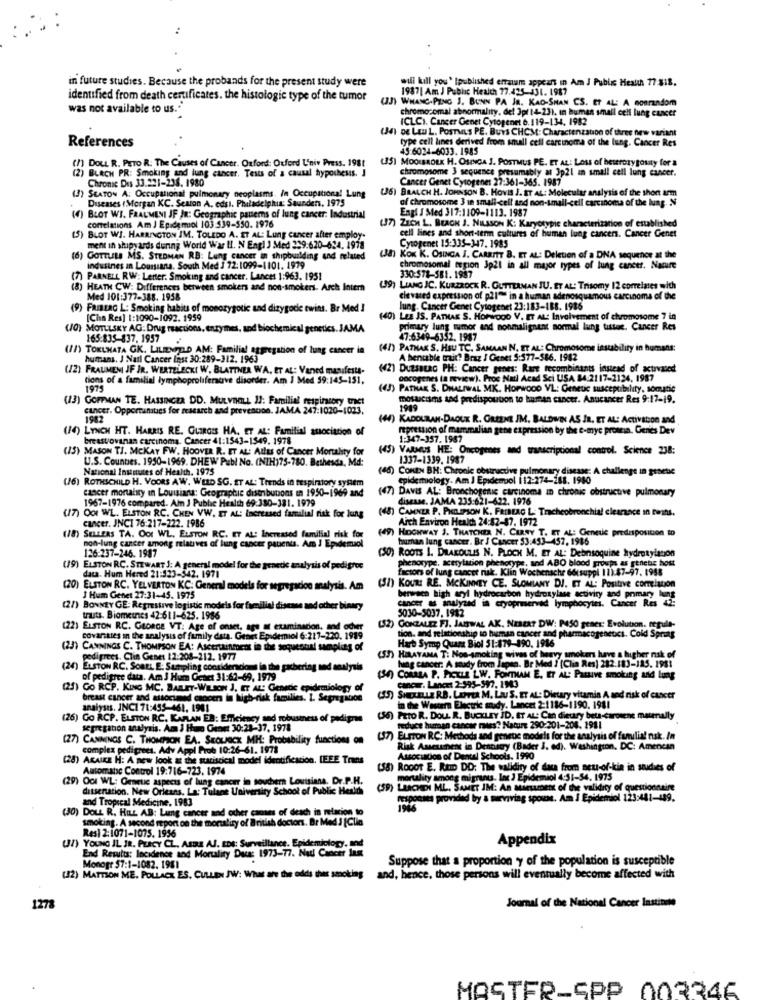
..
in future studies. Because the probands for the present study were
will kill you' Ipublished erratum appears in Am J Public Health 77-818.
1987| Am J Public Health 77.425-431. 1987
identified from death certificates. the histologic type of the tumor
(33) WHANC-PING J. BUNN PA JR. KAD-SHAN CS. ET AL: A nonrandom
was not available to us."
chromosomal abnormality, del 3pt 14-23). in human small cell lung cancer
ICLCI. Cancer Genet Cytopenet 6.119-134, 1982
(34) De Lau L. PosTMLs PE. BuYs CHCM: Charactenzation of three new variant
type cell lines derived from small cell carcinoma of the lung. Cancer Res
References
49.6024-6033. 1985
(/) DOLL R. PETO R. The Causes of Cancer. Oxford: Oxford Univ Press. 1981
(35) MOOIBROEK H. OSINGA J. POSTMUS PE. ET AL: Loss of heterozygousty for a
(2)
chromosome 3 sequence presumably at 3p21 an small cell lung cancer.
)BLACH PR: Smoking and lung cancer. Tests of a causal hypothesis. J
Chronic Dis 33.221-238. 1980
Cancer Genet Cytogenes 27:361-365. 1987
(3) SEATON A: Occupational pulmonary neoplasms. In Occupational Lung
) BRALCH H. JOHNSON B. HOVIS I. ET AL: Molecular analysis of the shon arm
Diseases (Morgan KC. Sesion A. edsl. Philadelphia: Saunders. 1975
of chromosome 3 18 small-cell and non-small-cell carcinoma of the lung. N
Engl J Med 317:1109-1113. 1987
(4) BLOT WI. FRALMENI JF JR: Geographic pauems of lung cancer: Industrial
comelations Am J Epidemiol 103 539-550. 1976
(J7) ZECH L. BERGH J. NILSSON K: Karyotypic characterization of established
(5) BLOT WJ. HARRINGTON IM. TOLEDO A. ET AL: Lung cancer after employ.
Cytogenet 15:335-347. 1985
cell lines and short-term cultures of human lung cancers. Cancer Genet
ment in shipyards during World War II. N Engl J Med 239.620-624. 1978
(6) GOTTLELs MS. STEDMAN RB: Lung cancer in shipbuilding and related
US) KOK K. OSINGA J. CAREITT B. ET AL: Deletion of a DNA sequence at the
industnes in Louisiana. South Med J 72:1099-1101. 1979
chromosomal region Jp21 in all major types of lung cancer. Nacuire
(7) PARNELL RW: Letter. Smoking and cancer. Lancet 1:963. 1951
330:578-581. 1987
(8) HEATH CW: Differences between smokers and non-smokers. Arch Inter
(39) LIANG JC. KURZROCK R. GUTTERMAN JU. ET AL: Trisomy 12 correiaes with
Med 101:377-388. 1958
clevared expression of p21" in a human adenosquamous carcinoma of the
(9) FRIBERG L: Smoking habits of monozygotic and dizygodie twins. Br Med !
lung. Cancer Genet Cytogenet 23:183-188. 1986
[Cha Res] 1:1090-1092. 1959
(40) LEE JS. PATHAK S. HOPWOOD V. ET AL: Involvement of chromosome 7 in
0} MOTLLSKY AG: Drug reactions, enzymes, and biochemical genetics. JAMA
primary lung memor and nonmalignant normal lung tissue. Cancer Res
165:835-837. 1957
47-6349-6352. 1987
(IN) TOKLMATA GK. LILIENIZLO AM: Familial aggregation of lung cancer in
(47) PATHAK S. HSU TC. SAMAAN N. ET AL: Chromosome instability in humans:
humans. J Nail Cancer Inst 30:289-312. 1963
A bentable trait? Braz / Genet 5:577-586. 1982
(/2) FRAUMENI JF JR. WERTELECKI W. BLATTNER WA, ET AL: Vaned manifesta-
(2) DuZSBERG PH: Cancer genes: Rare recombinants instead of activated
tions of a familial lymphoproliferave disorder. Am J Med 39:145-151.
oncogenes (a review). Proc Natl Acad Sci USA 84:2117-2124, 1987
1979
(45) PATHAK S. DMALIWAL MK. HOPWOOD VL: Genetic susceptibility, somatie
(13) GOFFMAN TE. HASSINCZA DD. MULVBALL I3: Familial respiratory tract
mosaicisms sad predispouton to human cancer. Anucancer Res 9:17-19.
cancer. Opportunities for research and prevention. JAMA 247:1020-1023.
1989
1982
KADOURAN-DAOUK R. GREENE IM, BALDWIN AS IR. ET AL: Activation and
(14) LYNCH HT. HARRIS RE. GLIRGIS HA. ET AL: Familial association of
repression of mammalian gene expression by the e-myc proamin. Genes Dev
breastovanan carcinoma. Cancer 41:1543-1549. 1978
1-347-357. 1987
(15) MASON TJ. MCKAY FW. HOOVER R. ET AL: AttEs of Cancer Mortality for
(45) VARUS HE: Oncogenes and transcriptional control. Science 238:
U.S. Counties. 1950-1969. DHEW Publ No. (NIH)75-780. Bethesda, Md:
1337-1339. 1987
National Institutes of Health. 1975
(46) COMEN BH: Chronic obstructive pulmonary disease: A challenge in gesetse
(6) ROTHSCHILD H. VOORS AW. WED SG. ET AL: Trends in respiratory system
epidemiology. Am J Epidemol 112-274-288. 1980
cancer mortality in Louisiana: Geographic distributions en 1950-1909 and
1967-1976 compared. Am J Pubhe Health 69:380-381. 1979
(47) DAVIS AL: Bronchogenic carcinoma in chronic obstructive pulmonary
disease. JAMA 235:621-622. 1976
(48) CAMNER P. PHOSPSON K. FRIBLAC L. Tracheobronchial clearance in twins.
(17) OOI WL. ELSTON RC. CHEN VW. ET AL: Increased familial risk for lung
cancer. JNC1 76:217-222. 1986
Aich Environ Health 24:82-87. 1972
(49) HOCHWAY J. THATCHER N. CURRY T. ET AL: Generic predisposition to
SELLERS TA. OOI WL. ELSTON RC. ET ALS Increased familial risk for
human lung cancer. Br / Cancer $3:453-457, 1986
non-lung cancer among relatives of lung cancer pauents. Am I Epidemiol
126:237-246. 1987
O) ROOTS I. DRAKOULIS N. PLOCH M. ET AL: Debnsoquine hydrotylation
phenotype, acerylation phenotype, and ABO blood groups as genetic host
(79) ELSTON RC. STEWART J: A general model for the genetic analysis of pedigroc
data. Hum Hered 21:523-542. 1971
ctors of lung cancer nak. Klin Wochensche 66tsuppl 11):47-97. 1958
(20) ELSTON RC. YELVERTON KC: General models for segregacion analysis. Am
(51) KOURE RE. MCKINNEY CE. SLOMLANY DI. ET AL: Positive correlation
I Hum Genet 27:31-45. 1975
berween high aryl hydrocarbon hydroxylase activity and primary lung
Cancer Res
(27) BONNEY GE: Regrestive logistic models for familial disease and other binary
cancer as analyzed is cryopreserved lymphocytes. Ca
5030-5037.1982
tnuts. Biometrics 42-611-625. 1986
(22) ELSTON RC. GEORGE VT: Age of onset, age al examinacon, sod ocher
(52) GONZALEZ FJ. JAISWAL AK, NESERT DW: P450 gener: Evolution, regule-
covariates in the analysis of family data. Genet Epidemiol 6-217-220. 1989
tion. and relationship to leman cancer and pharmacogenetics. Cold Spring
(23) CANNINGS C. THOMPSON EA: Ascertainmets in the soquental sampling of
(53) HERAYAMA T: Non-smoking wives of heavy smokers have a higher nsk of
Hart Symp Quara Biol 51:479-890. 1986
pedigrees. Clin Genet 12:208-212. 1977
hing cancer: A soudy from Japan. Br Med ] [Clia Res) 282:183-125. 1981
(24) ELSTON RC. SOREL E: Sampling consideraciones in the gathering and analysis
of pedigree data. Am 3 Hum Genet 31:62-69, 1979
(SA) CORREA P. PICKLE LW. FONTIAN E. ET AL: Passive smoking and lung
GO RCP. KING MC. BALLET-WILSON J, ET AL" Genetic epidemiology of
cancer. Lancet 2-995-597. 1943
breast cancer and associamed cancers in high-risk families. 1. Segregation
(55) SHELLs R.B. LEPrix M. Lau S. ET AL: Dietary vitamin A ned risk of cancer
analyses. JNC1 71:455-461. 1901
in the Western Electric midy. Lancet 2:1186-1190. 1981
(26) GO RCP. ELSTON RC. KAPLAN EB: Efficiency and robustness of pedigre
5) PEIO R. DOLL. R. BUCKLEY JD. ET AL: Can dietary beta-carotene manally
segregation analysis. Am 3 Haro Genet 30:28-37, 1978
reduce human cancer miss? Nature 290-201-204. 1981
(27) CANNINGS C. THOMPSON EA. SKOLJOCK MH: Probability functions on
(57) ELSTON RC: Methods and genetic models for the analysis of folia! nsk. In
complex pedigrees. Adv Appl Prob 10:26-61. 1978
Prob 10:26-61. 1978
pent in Dentistry (Bader J. ed). Washington, DC: Amencan
(28) ARAIKE H: A new look at the statistical model identification, IEEE Trans
Association of Dental Schools. 1990
Automatic Control 19:716-723. 1974
(58) ROOOT E. REID DD: The validity of data from net-of-kin in studies of
(29) OGI WL: Genetic aspects of lung cancer in southern Louisiana. Dr.P.H.
mortality among
Semiol 4:51-54. 1975
dissenation. New Orleans. La: Tulane University School of Public Health
)LUCHDI ML. SAMET IM: As Miesunent of the validity of questionnaire
responses provided by a surviving spouse. Am J Epidemiol 123:481-489.
(30) DOLL R. HILL AB: Lung cancer and other causes of deach in relacion to
and Tropical Medicine, 1983
smoking. A second report on the mortality of British doctors. Br Med.J [Clio
Res| 2:1071-1075. 1956
(I) YOUNG IL IR. PERCY CL. ARBRE AS. EDS: Surveillance, Epidemiology, and
Appendix
End Results: Incidence and Mortality Duu: 1973-77. Nad Cancer Inst
Suppose that a proportion y of the population is susceptible
Monogr 57:1-1082. 1981
(32) MATTSON ME. POLLICE ES. CULLEN JW: What are the odds that smoking and, hence, those persons will eventually become affected with
127
Journal of the National Cancer Institute
MASTER-SPP 003346